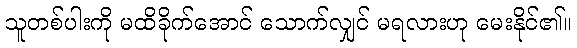
သူတစ်ပါးကို မထိခိုက်အောင် သောက်လျှင် မရလားဟု မေးနိုင်၏။